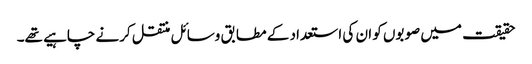
حقیقت میں صوبوں کو ان کی استعداد کے مطابق وسائل منتقل کرنے چاہیے تھے۔